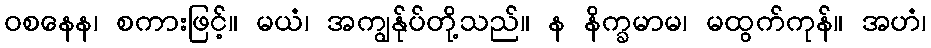
ဝစနေန၊ စကားဖြင့်။ မယံ၊ အကျွန်ုပ်တို့သည်။ န နိက္ခမာမ၊ မထွက်ကုန်။ အဟံ၊